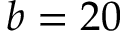
b = 2 0